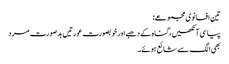
تین افسانوی مجموعے:
پیاسی آنکھیں، گناہ کے دھبے اور خوبصورت عورتیں بدصورت مرد
بھی الگ سے شائع ہوئے۔